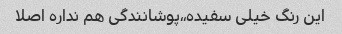
این رنگ خیلی سفیده،،پوشانندگی هم نداره اصلا